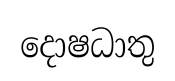
දොෂධාතු